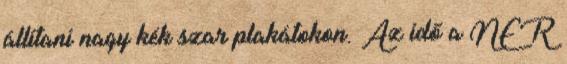
állítani nagy kék szar plakátokon. Az idő a NER